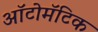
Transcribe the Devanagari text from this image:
ऑटोमॅटिक